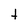
Character: t